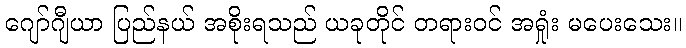
ဂျော်ဂျီယာ ပြည်နယ် အစိုးရသည် ယခုတိုင် တရားဝင် အရှုံး မပေးသေး။